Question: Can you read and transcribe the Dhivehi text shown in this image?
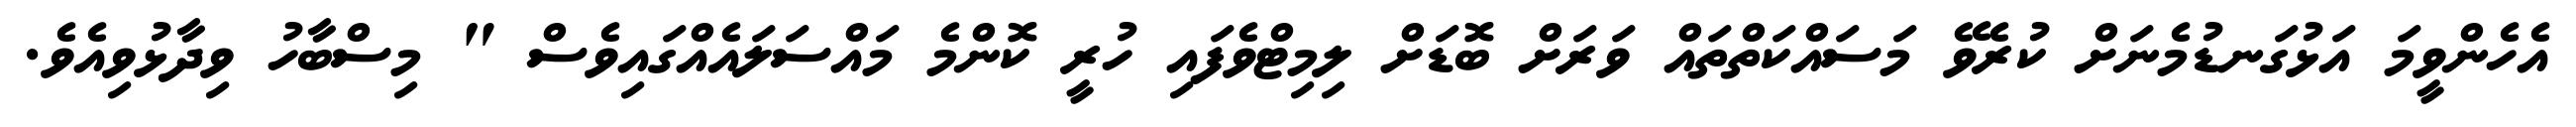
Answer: އެހެންވީމަ އަޅުގަނޑުމެނަށް ކުރެވޭ މަސައްކަތްތައް ވަރަށް ބޮޑަށް ލިމިޓްވެފައި ހުރީ ކޮންމެ މައްސަލައެއްގައިވެސް " މިސްބާހު ވިދާޅުވިއެވެ.